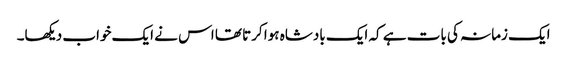
ایک زمانہ کی بات ہے کہ ایک بادشاہ ہوا کرتا تھا اس نے ایک خواب دیکھا۔